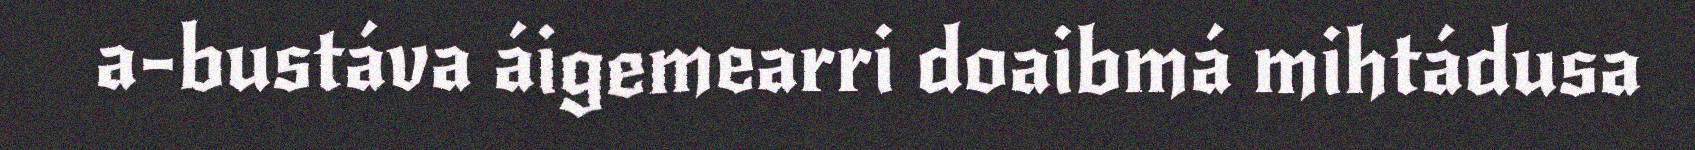
a-bustáva áigemearri doaibmá mihtádusa